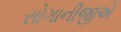
સોગાનીજીએ